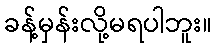
ခန့်မှန်းလို့မရပါဘူး။